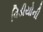
વિડીયોની